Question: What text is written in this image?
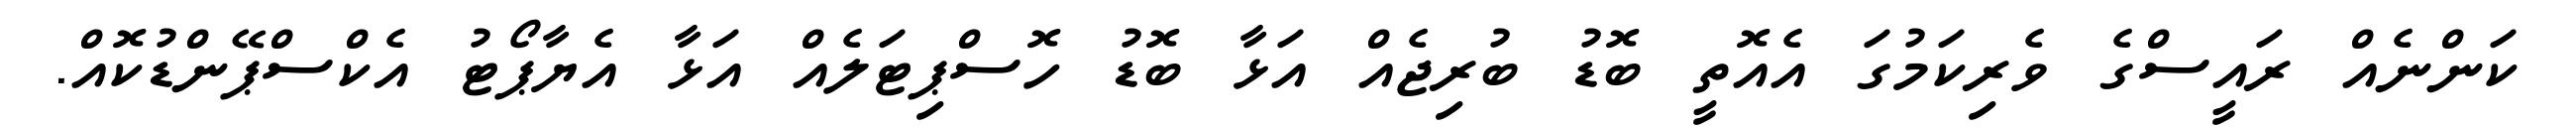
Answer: ކަންނެއް ރައީސްގެ ވެރިކަމުގަ އެއޮތީ ބޮޑު ބުރިޖެއް އަޅާ ބޮޑު ހޮސްޕިޓަލެއް އަޅާ އެޔާޕޯޓު އެކްސްޕޭންޑުކޮއް.